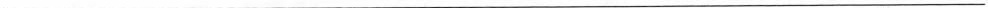
___